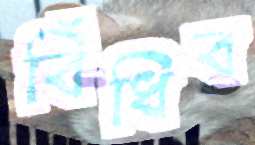
বিঁধিব